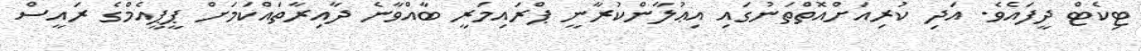
ޓިކެޓް ދީފައެވެ. އަދި ކުރިއަށްއޮތްތަނުގައި އިޢުލާންކުރާނީ ޕްރައިމަރީ ބާއްވާނެ ދާއިރާތައްކަމަށް ޕީޕީއެމްގެ ރައީސް